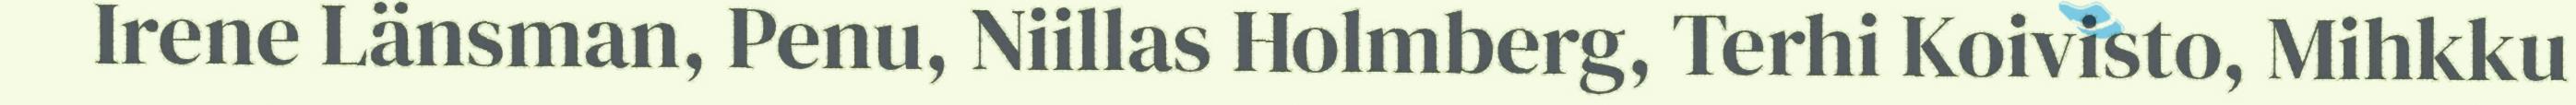
Irene Länsman, Penu, Niillas Holmberg, Terhi Koivisto, Mihkku